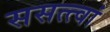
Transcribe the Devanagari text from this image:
ससत्त्वां